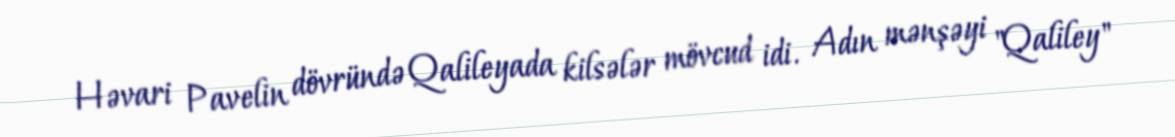
Həvari Pavelin dövründə Qalileyada kilsələr mövcud idi. Adın mənşəyi "Qaliley"